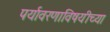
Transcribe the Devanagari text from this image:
पर्यावरणाविषयीच्या